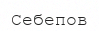
Себепов